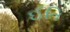
ઈતિ